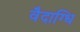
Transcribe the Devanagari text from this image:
वैदाग्धि